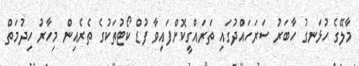
މާލޭގެ ހުޅަނގު ހާބަރު ސަރަހައްދުގައި ތަރައްގީކޮށްފައިވާ ފުޑް ކޯޓުތަކުގެ ތެރެއިން މިހާރު ހިދުމަތް